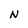
Character: N